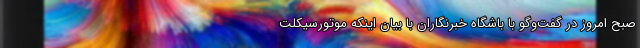
صبح امروز در گفت‌وگو با باشگاه خبرنگاران با بیان اینکه موتورسیکلت